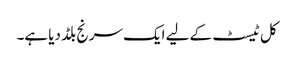
کل ٹیسٹ کے لیے ایک سرنج بلڈ دیا ہے۔